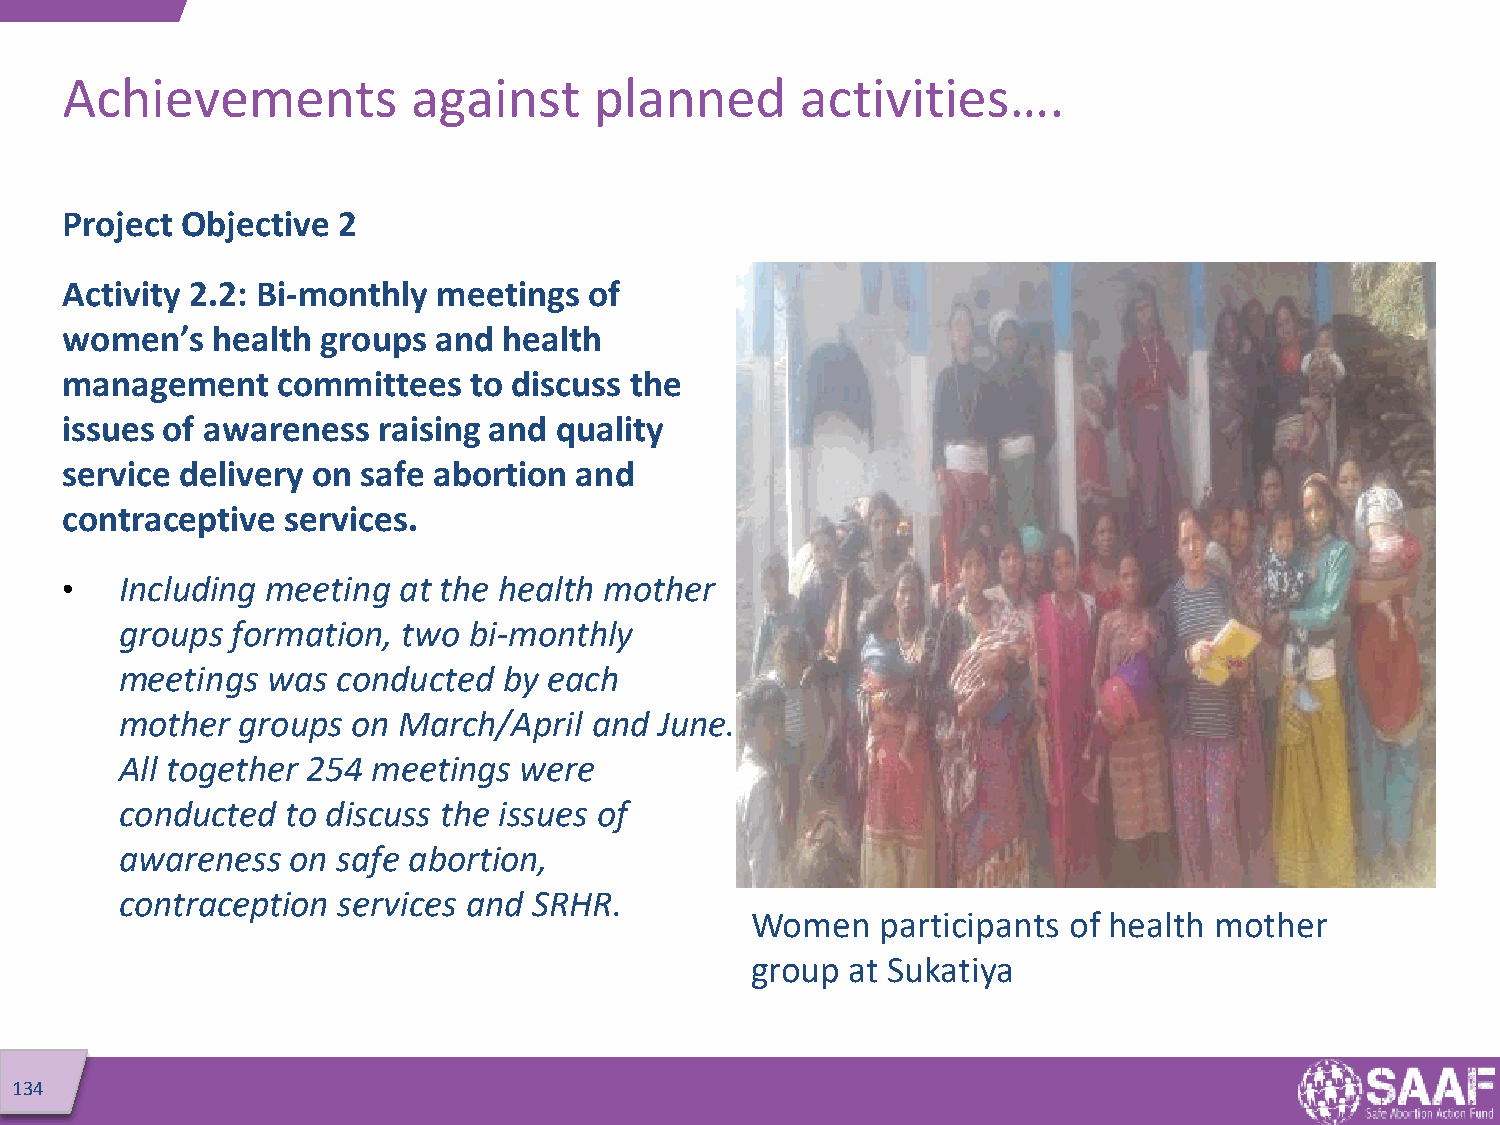
Achievements           against     planned       activities….
 Project Objective 2
 Activity 2.2: Bi-monthly meetings  of
 women’s   health groups  and health
 management    committees   to discuss the
 issues of awareness  raising and quality
 service delivery on safe abortion and
 contraceptive  services.
 •   Including meeting at the health mother
 groups formation,  two bi-monthly
 meetings  was conducted  by each
 mother  groups on March/April  and  June.
 All together 254 meetings were
 conducted  to discuss the issues of
 awareness  on safe abortion,
 contraception services and SRHR.
 Women   participants of health mother
 group at Sukatiya
 134